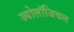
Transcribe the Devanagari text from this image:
ज्योलॉजिकल